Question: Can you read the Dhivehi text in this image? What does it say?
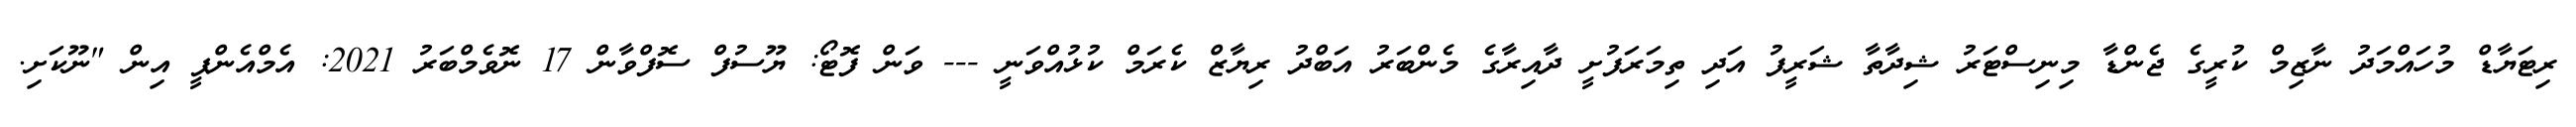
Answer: ރިޓަޔާޑް މުހައްމަދު ނާޒިމް ކުރީގެ ޖެންޑާ މިނިސްޓަރު ޝިދާތާ ޝަރީފު އަދި ތިމަރަފުށީ ދާއިރާގެ މެންބަރު އަބްދު ރިޔާޒް ކެރަމް ކުޅުއްވަނީ --- ވަން ފޮޓޯ: ޔޫސުފް ސޮފްވާން 17 ނޮވެމްބަރު 2021: އެމްއެންޕީ އިން "ނޫކަށި.